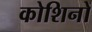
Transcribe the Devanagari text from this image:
कोशिनों